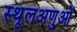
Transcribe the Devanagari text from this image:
स्थूलअणुओं